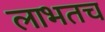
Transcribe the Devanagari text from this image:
लाभतच